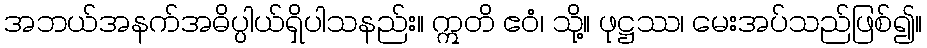
အဘယ်အနက်အဓိပ္ပါယ်ရှိပါသနည်း။ ဣတိ ဧဝံ၊ သို့။ ဖုဋ္ဌဿ၊ မေးအပ်သည်ဖြစ်၍။